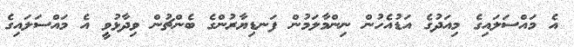
އެ މައްސަލައިގެ މިއަދުގެ އަޑުއެހުން ނިންމާލަމުން ފަނޑިޔާރުންގެ ބެންޗުން ވިދާޅުވީ އެ މައްސަލައިގެ